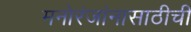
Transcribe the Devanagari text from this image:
मनोरंजांनासाठीची